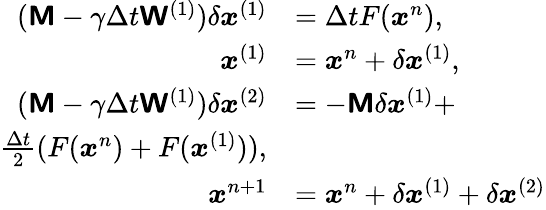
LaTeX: \begin{array}{rl}{(\boldsymbol{\mathsf{M}}-\gamma\Delta t\boldsymbol{\mathsf{W}}^{(1)})\delta\boldsymbol{x}^{(1)}}&{=\Delta tF(\boldsymbol{x}^{n}),}\\ {\boldsymbol{x}^{(1)}}&{=\boldsymbol{x}^{n}+\delta\boldsymbol{x}^{(1)},}\\ {(\boldsymbol{\mathsf{M}}-\gamma\Delta t\boldsymbol{\mathsf{W}}^{(1)})\delta\boldsymbol{x}^{(2)}}&{=-\boldsymbol{\mathsf{M}}\delta\boldsymbol{x}^{(1)}+}\\ {\frac{\Delta t}{2}(F(\boldsymbol{x}^{n})+F(\boldsymbol{x}^{(1)})),}\\ {\boldsymbol{x}^{n+1}}&{=\boldsymbol{x}^{n}+\delta\boldsymbol{x}^{(1)}+\delta\boldsymbol{x}^{(2)}}\end{array}